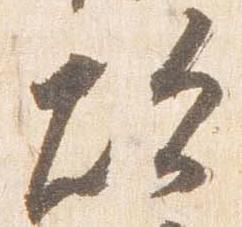
炊